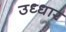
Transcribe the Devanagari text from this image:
उध्धार